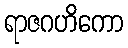
ရာဇဂဟိကော